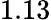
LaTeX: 1.13